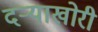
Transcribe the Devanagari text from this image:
दऱ्‍याखोरी